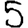
Digit: 5